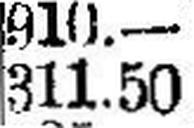
311.50